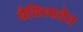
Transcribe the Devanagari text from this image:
वैविध्यतेत